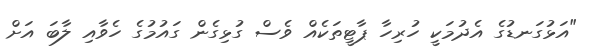
"އަޅުގަނޑުގެ އެދުމަކީ ހުރިހާ ޕާޓީތަކެއް ވެސް ގުޅިގެން ގައުުމުގެ ހެވާއި ލާބަ އަށް